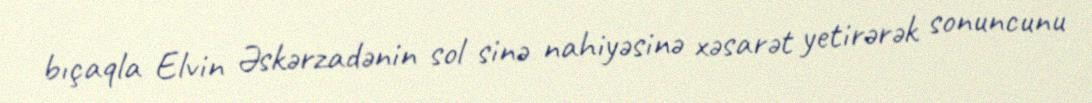
bıçaqla Elvin Əskərzadənin sol sinə nahiyəsinə xəsarət yetirərək sonuncunu